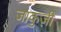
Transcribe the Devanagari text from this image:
जाकुज़ी